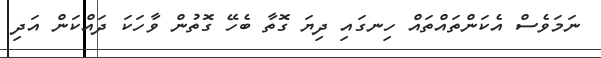
ނަމަވެސް އެކަންތައްތައް ހިނގައި ދިޔަ ގޮތާ ބެހޭ ގޮތުން ވާހަކަ ދައްކަން އަދި